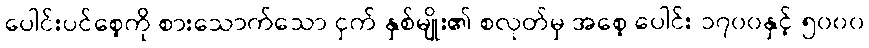
ပေါင်းပင်စေ့ကို စားသောက်သော ငှက် နှစ်မျိုး၏ စလုတ်မှ အစေ့ ပေါင်း ၁၇၀၀နှင့် ၅၀၀၀